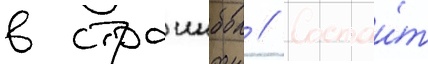
в страикбол // Состои́т